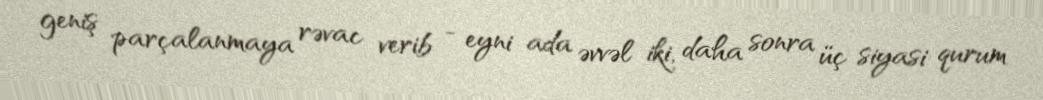
geniş parçalanmaya rəvac verib - eyni ada əvvəl iki, daha sonra üç siyasi qurum